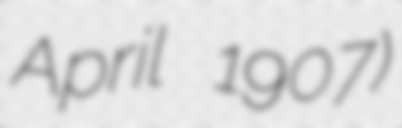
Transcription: April 1907)